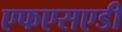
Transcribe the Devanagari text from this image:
एफएसएडी